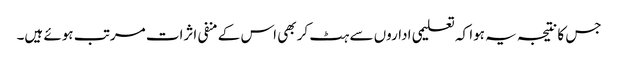
جس کا نتیجہ یہ ہوا کہ تعلیمی اداروں سے ہٹ کر بھی اس کے منفی اثرات مرتب ہوئے ہیں۔